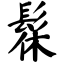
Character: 髹